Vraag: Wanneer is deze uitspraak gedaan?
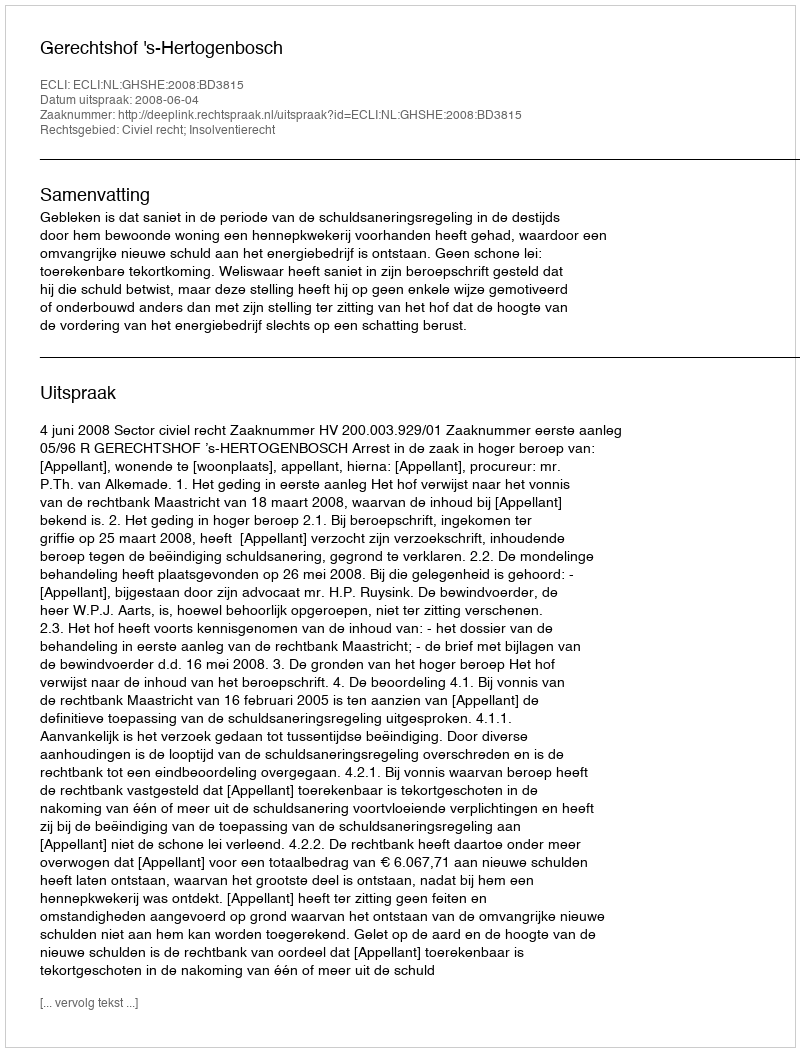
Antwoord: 2008-06-04